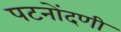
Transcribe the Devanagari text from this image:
पटनोंदणी